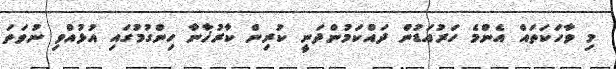
މި ވާހަކަތައް އެންމެ ހަރުއަޑުން ދައްކަމުންދަނީ ކުރިން ކާރުޚާނާ ހިންގުމުގައި އުޅުއްވި ނުވަތަ